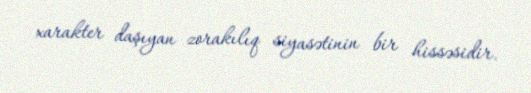
xarakter daşıyan zorakılıq siyasətinin bir hissəsidir.